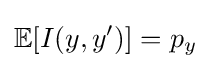
\mathbb {E} [I(y,y')]=p_{y}